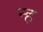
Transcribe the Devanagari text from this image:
न्ह